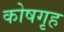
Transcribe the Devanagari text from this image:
कोषगृह